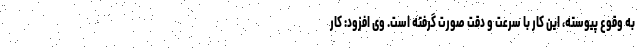
به وقوع پیوسته، این کار با سرعت و دقت صورت گرفته است. وی افزود: کار